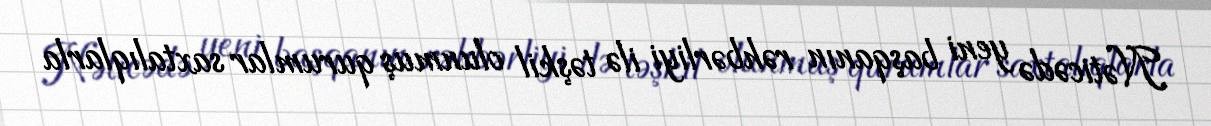
Nəticədə yeni başqanın rəhbərliyi ilə təşkil olunmuş qurumlar saxtalıqlarla